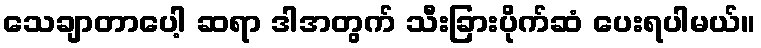
သေချာတာပေါ့ ဆရာ ဒါအတွက် သီးခြားပိုက်ဆံ ပေးရပါမယ်။